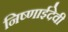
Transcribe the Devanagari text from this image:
निष्णाईदेवी